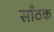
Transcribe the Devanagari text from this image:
साँठक